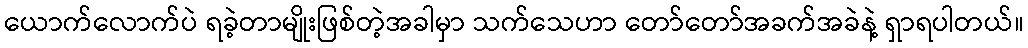
ယောက်လောက်ပဲ ရခဲ့တာမျိုးဖြစ်တဲ့အခါမှာ သက်သေဟာ တော်တော်အခက်အခဲနဲ့ ရှာရပါတယ်။